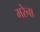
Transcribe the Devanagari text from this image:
मरेना